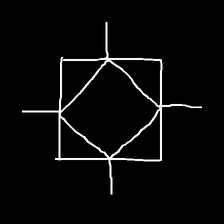
Glyph: light